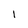
Character: 1